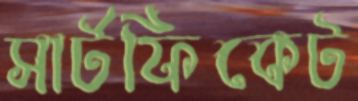
সার্টফিকেট